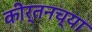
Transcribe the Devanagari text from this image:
कीर्तनच्या